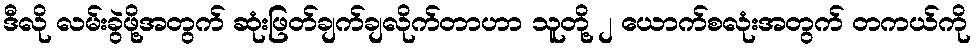
ဒီလို လမ်းခွဲဖို့အတွက် ဆုံးဖြတ်ချက်ချလိုက်တာဟာ သူတို့ ၂ ယောက်စလုံးအတွက် တကယ်ကို